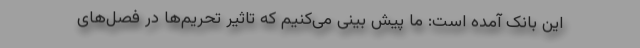
این بانک آمده است: ما پیش بینی می‌کنیم که تاثیر تحریم‌ها در فصل‌های